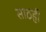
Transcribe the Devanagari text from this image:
साठही